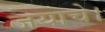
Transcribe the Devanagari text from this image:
जयाचे।